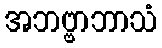
အဘဗ္ဗာဘာသံ